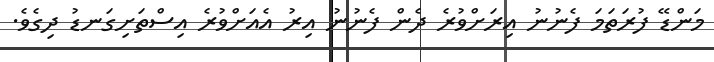
މަންޑޭ ފުރަތަމަ ފެނުނު އިރަށްވުރެ ދެން ފެނުނު އިރު އެއަށްވުރެ އިސްތަށިގަނޑު ދިގެވެ.